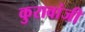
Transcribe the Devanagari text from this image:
कुरावांजी